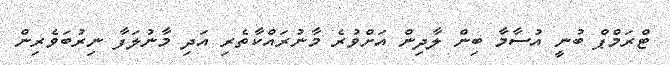
ޓްރަމްޕް ބުނީ އުސާމާ ބިން ލާދިން އަށްވުރެ މާނުރައްކާތެރި އަދި މާނުލަފާ ނިރުބަވެރިން